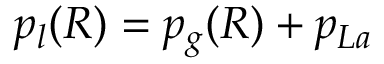
p _ { l } ( R ) = p _ { g } ( R ) + p _ { L a }